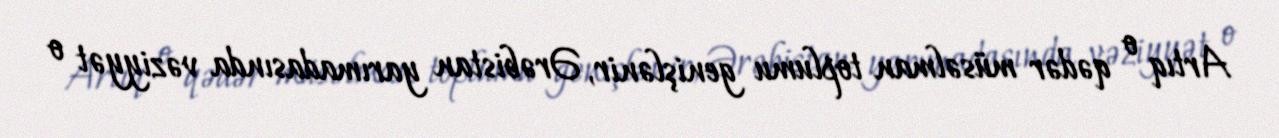
Artıq o qədər müsəlman toplumu genişlənir, Ərəbistan yarımadasında vəziyyət o